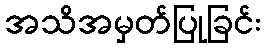
အသိအမှတ်ပြုခြင်း